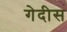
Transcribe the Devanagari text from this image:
गेदीस